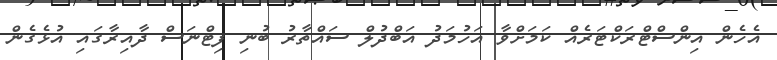
އެހެން އިންސްޓްރަކްޓަރެއް ކަމަށްވާ އަހުމަދު އަބްދުލް ސައްތާރު ބުނި ފިޓްނަސް ދާއިރާގައި އުޅެގެން